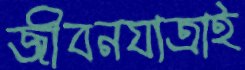
জীবনযাত্রাই